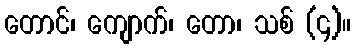
တောင်၊ ကျောက်၊ တော၊ သစ် (၄)။